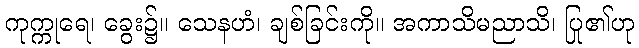
ကုက္ကုရေ၊ ခွေး၌။ သေနဟံ၊ ချစ်ခြင်းကို။ အကာသိမညာသိ၊ ပြု၏ဟု